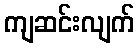
ကျဆင်းလျက်